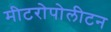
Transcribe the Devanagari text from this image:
मीटरोपोलीटन